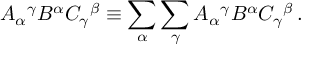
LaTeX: A _ { \alpha } { } ^ { \gamma } B ^ { \alpha } C _ { \gamma } { } ^ { \beta } \equiv \sum _ { \alpha } \sum _ { \gamma } A _ { \alpha } { } ^ { \gamma } B ^ { \alpha } C _ { \gamma } { } ^ { \beta } \, .